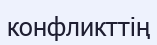
конфликттің